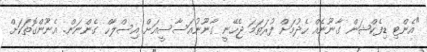
"އެންޓި ޑިފެކްޝަން ގާނޫނެއް ހެދުމަށް ފުރަތަމަ ޖެހޭނީ ގާނޫނުއަސާސީއަށް އިސްލާހް ގެންނަން. އެނޫންގޮތަކަށް